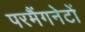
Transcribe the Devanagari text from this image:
परमैंगनेटों